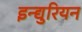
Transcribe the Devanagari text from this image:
इन्द्युरियन